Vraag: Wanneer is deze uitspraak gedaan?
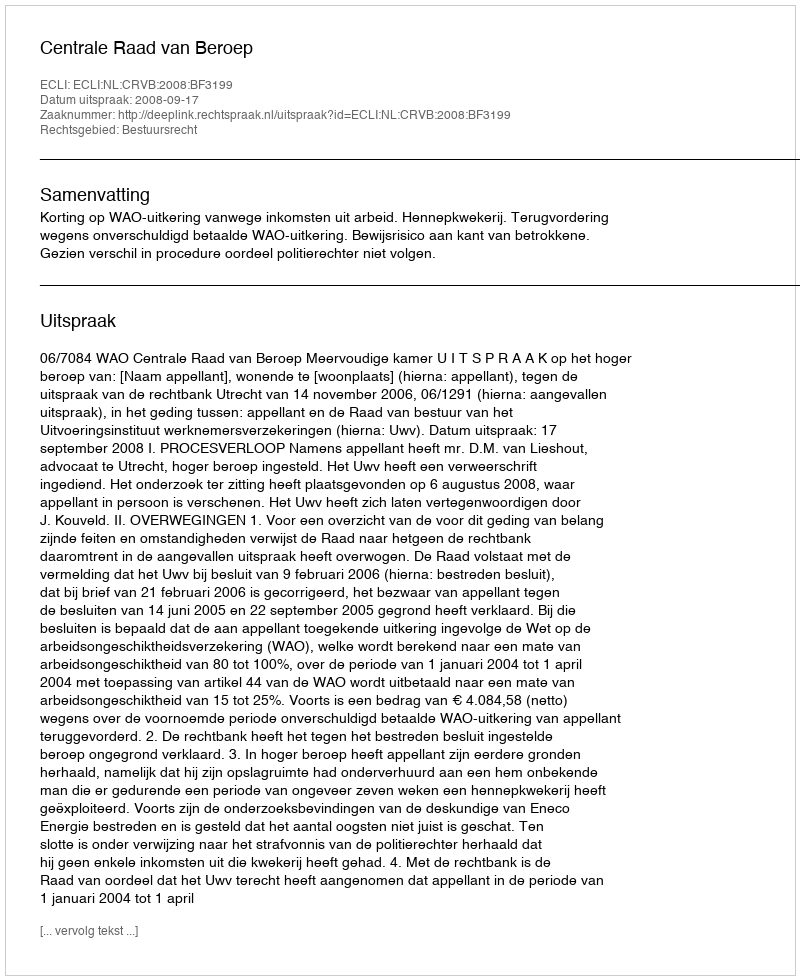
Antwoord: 2008-09-17